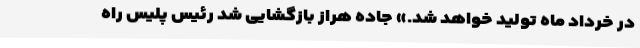
در خرداد ماه تولید خواهد شد.» جاده هراز بازگشایی شد رئیس پلیس راه